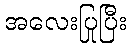
အလေးပြုပြီး